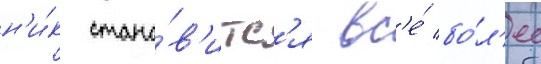
н'и́к стано́в'итс'я вс'е́ бо́л'ее